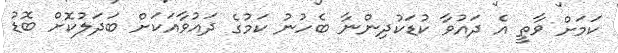
ކަމަށް ވާތީ އެ ދައުވާ ކުޑަކުދިންނާ ބެހުނު ކަމުގެ ދައުވާއަކަށް ބަދަލުކޮށް ބޮޑު